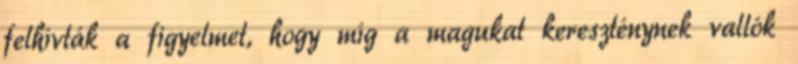
felhívták a figyelmet, hogy míg a magukat kereszténynek vallók